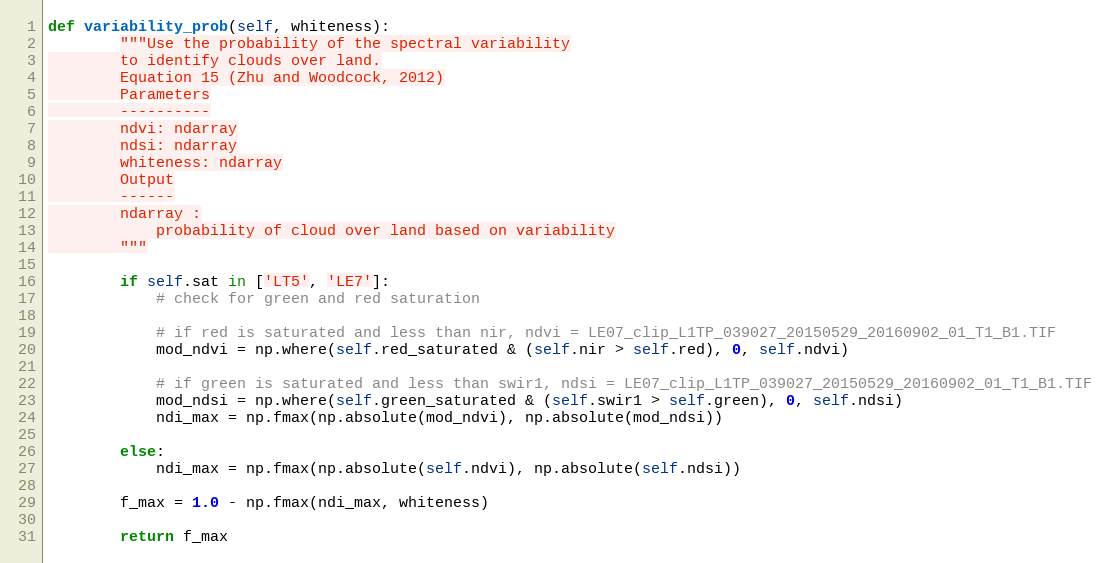
Language: Python
def variability_prob(self, whiteness):
        """Use the probability of the spectral variability
        to identify clouds over land.
        Equation 15 (Zhu and Woodcock, 2012)
        Parameters
        ----------
        ndvi: ndarray
        ndsi: ndarray
        whiteness: ndarray
        Output
        ------
        ndarray :
            probability of cloud over land based on variability
        """

        if self.sat in ['LT5', 'LE7']:
            # check for green and red saturation

            # if red is saturated and less than nir, ndvi = LE07_clip_L1TP_039027_20150529_20160902_01_T1_B1.TIF
            mod_ndvi = np.where(self.red_saturated & (self.nir > self.red), 0, self.ndvi)

            # if green is saturated and less than swir1, ndsi = LE07_clip_L1TP_039027_20150529_20160902_01_T1_B1.TIF
            mod_ndsi = np.where(self.green_saturated & (self.swir1 > self.green), 0, self.ndsi)
            ndi_max = np.fmax(np.absolute(mod_ndvi), np.absolute(mod_ndsi))

        else:
            ndi_max = np.fmax(np.absolute(self.ndvi), np.absolute(self.ndsi))

        f_max = 1.0 - np.fmax(ndi_max, whiteness)

        return f_max